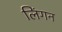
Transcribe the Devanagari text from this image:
लिंगन